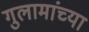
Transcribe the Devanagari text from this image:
गुलामांच्या